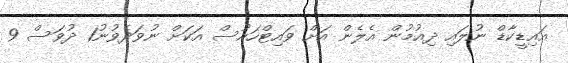
އައިޑީކާޑް ނުލައި ދިއުމުން އެލެން އަށް ވައިޓްހައުސް އަކަށް ނުވަދެވުނު1 ދުވަސް 9